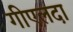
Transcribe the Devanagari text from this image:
गीएलदा